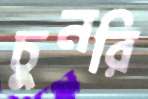
চুনরি